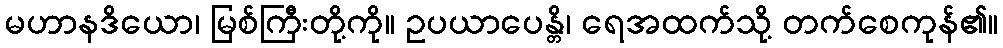
မဟာနဒိယော၊ မြစ်ကြီးတို့ကို။ ဥပယာပေန္တိ၊ ရေအထက်သို့ တက်စေကုန်၏။